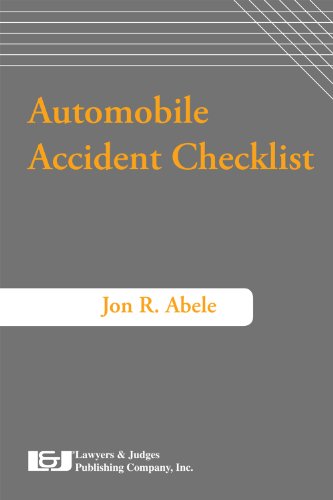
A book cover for Automobile Accident Checklist, Second Edition; Jon R Abele; Law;